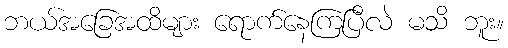
ဘယ်အခြေအထိများ ရောက်နေကြပြီလဲ မသိ ဘူး။